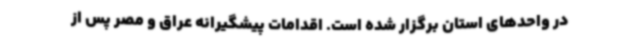
در واحدهای استان برگزار شده است. اقدامات پیشگیرانه عراق و مصر پس از